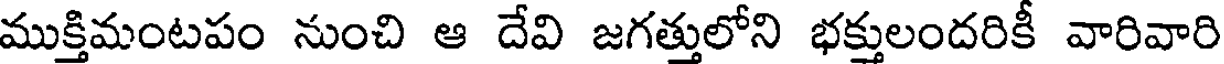
ముక్తిమంటపం నుంచి ఆ దేవి జగత్తులోని భక్తులందరికీ వారివారి